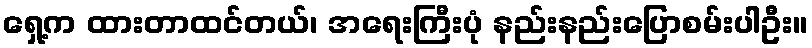
ရှေ့က ထားတာထင်တယ်၊ အရေးကြီးပုံ နည်းနည်းပြောစမ်းပါဦး။